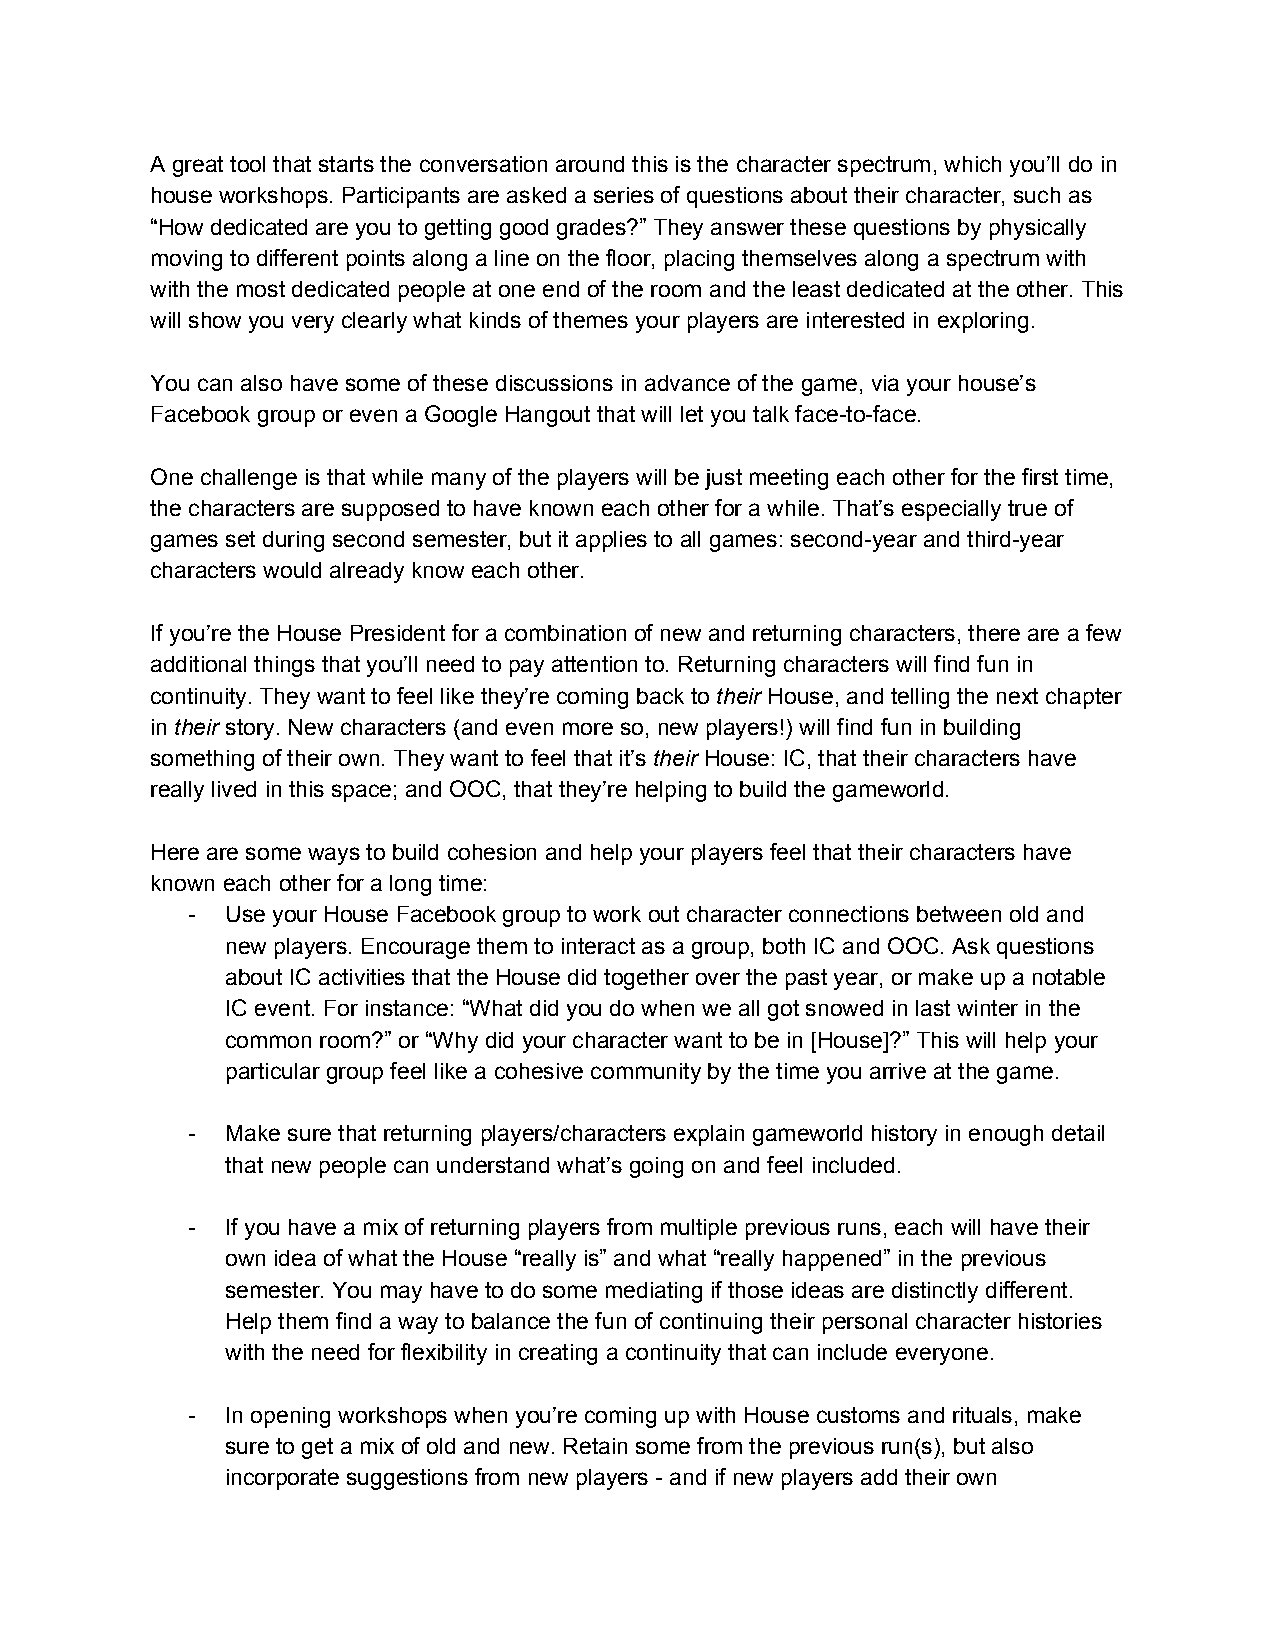
A great tool that starts the conversation around this is the character spectrum, which you’ll do in
 house workshops. Participants are asked a series of questions about their character, such as
 “How dedicated are you to getting good grades?” They answer these questions by physically
 moving to different points along a line on the floor, placing themselves along a spectrum with
 with the most dedicated people at one end of the room and the least dedicated at the other. This
 will show you very clearly what kinds of themes your players are interested in exploring.
 You can also have some of these discussions in advance of the game, via your house’s
 Facebook group or even a Google Hangout that will let you talk face-to-face.
 One challenge is that while many of the players will be just meeting each other for the first time,
 the characters are supposed to have known each other for a while. That’s especially true of
 games set during second semester, but it applies to all games: second-year and third-year
 characters would already know each other.
 If you’re the House President for a combination of new and returning characters, there are a few
 additional things that you’ll need to pay attention to. Returning characters will find fun in
 continuity. They want to feel like they’re coming back to their House, and telling the next chapter
 ​  ​
 in their story. New characters (and even more so, new players!) will find fun in building
 ​ ​
 something of their own. They want to feel that it’s their House: IC, that their characters have
 ​  ​
 really lived in this space; and OOC, that they’re helping to build the gameworld.
 Here are some ways to build cohesion and help your players feel that their characters have
 known each other for a long time:
 -  Use your House Facebook group to work out character connections between old and
 new players. Encourage them to interact as a group, both IC and OOC. Ask questions
 about IC activities that the House did together over the past year, or make up a notable
 IC event. For instance: “What did you do when we all got snowed in last winter in the
 common room?” or “Why did your character want to be in [House]?” This will help your
 particular group feel like a cohesive community by the time you arrive at the game.
 -  Make sure that returning players/characters explain gameworld history in enough detail
 that new people can understand what’s going on and feel included.
 -  If you have a mix of returning players from multiple previous runs, each will have their
 own idea of what the House “really is” and what “really happened” in the previous
 semester. You may have to do some mediating if those ideas are distinctly different.
 Help them find a way to balance the fun of continuing their personal character histories
 with the need for flexibility in creating a continuity that can include everyone.
 -  In opening workshops when you’re coming up with House customs and rituals, make
 sure to get a mix of old and new. Retain some from the previous run(s), but also
 incorporate suggestions from new players - and if new players add their own